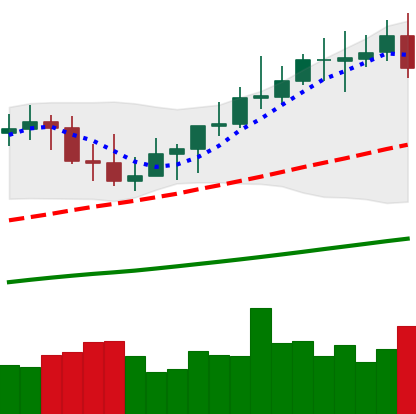
Ticker: XMR-USD
Chart end date: 2021-04-07
Forward return: 22.424%
Label: up_7plus